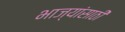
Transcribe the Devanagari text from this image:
भाज्यांसाठी